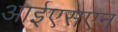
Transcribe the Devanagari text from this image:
आईएसएन